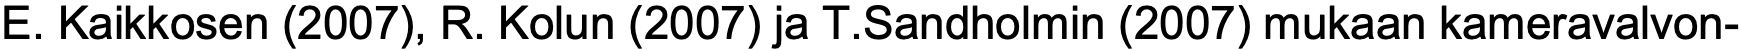
E. Kaikkosen (2007), R. Kolun (2007) ja T.Sandholmin (2007) mukaan kameravalvon-